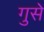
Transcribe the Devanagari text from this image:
गुसे